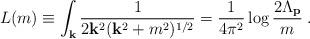
LaTeX: \begin{align*}L(m) \equiv \int_{\bf k} \frac{1}{2{\bf k}^2 ({\bf k}^2+m^2)^{1/2}}=\frac{1}{4\pi^2}\log\frac{2\Lambda_{\bf p}}{m}\;.\end{align*}